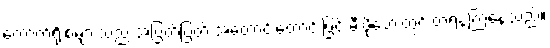
ကောက်ရိုးစများသည် အပြတ်ပြတ် အတောင်းတောင်းဖြင့် မီးဖိုဘေးတွင် တရနံ့ကြဲနေသည်။